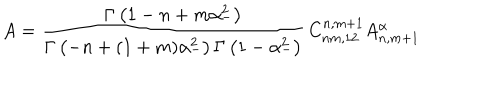
A = \frac { \Gamma \left( 1 - n + m \alpha _ { - } ^ { 2 } \right) } { \Gamma \left( - n + ( 1 + m ) \alpha _ { - } ^ { 2 } \right) \Gamma \left( 1 - \alpha _ { - } ^ { 2 } \right) } \, C _ { n m , 1 2 } ^ { n , m + 1 } A _ { n , m + 1 } ^ { \alpha }